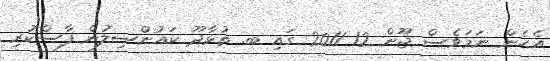
އެހެން ނަމަވެސް ޖޫން 12 2011 ގައި ބ. ތުޅާދޫ ކައުންސިލުން ފާސްކުރި